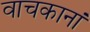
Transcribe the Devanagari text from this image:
वाचकानां